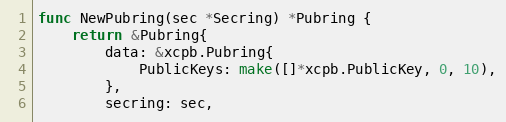
Language: Go
func NewPubring(sec *Secring) *Pubring {
	return &Pubring{
		data: &xcpb.Pubring{
			PublicKeys: make([]*xcpb.PublicKey, 0, 10),
		},
		secring: sec,